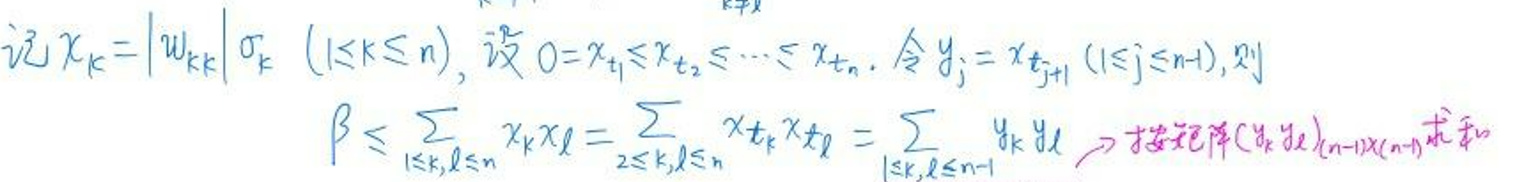
记\( x_{k}=\left|w_{kk}\right|_{\sigma_{k}}(1\leq k\leq n), \)设\( 0 = x_{t_{1}}\leq x_{t_{2}}\leq\cdots\leq x_{t_{n}}. \)令\( y_{j}=x_{t_{j + 1}}(1\leq j\leq n - 1), \)则\(\\\)
\(\beta\leq\sum_{1\leq k,l\leq n}x_{k}x_{l}=\sum_{2\leq k,l\leq n}x_{t_{k}}x_{t_{l}}=\sum_{1\leq k,l\leq n - 1}y_{k}y_{l}\Rightarrow \)按此记阵\( (y_{k}y_{l})_{(n - 1)\times(n - 1)} \)求和